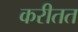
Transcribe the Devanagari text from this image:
करीतत